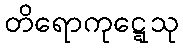
တိရောကုဋ္ဋေသု